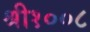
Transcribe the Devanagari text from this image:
श्री१००८